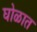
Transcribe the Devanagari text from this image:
घोळात